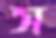
স